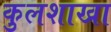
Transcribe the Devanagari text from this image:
कुलशाखा